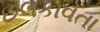
છલકાવતા